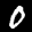
Label: 0